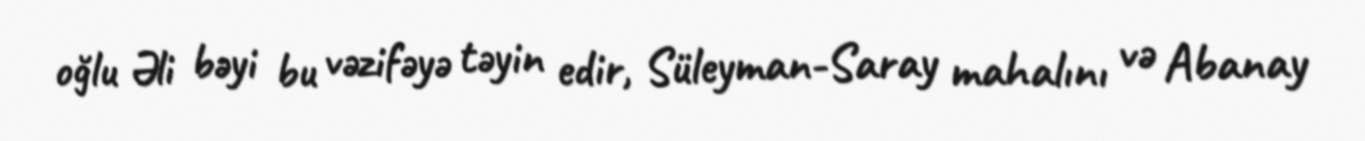
oğlu Əli bəyi bu vəzifəyə təyin edir, Süleyman-Saray mahalını və Abanay